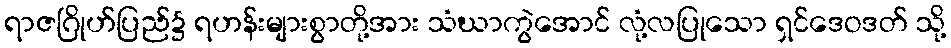
ရာဇဂြိုဟ်ပြည်၌ ရဟန်းများစွာတို့အား သံဃာကွဲအောင် လုံ့လပြုသော ရှင်ဒေဝဒတ် သို့